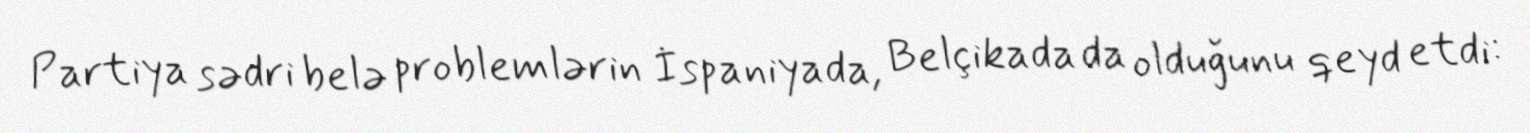
Partiya sədri belə problemlərin İspaniyada, Belçikada da olduğunu qeyd etdi: